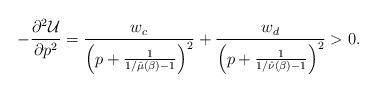
LaTeX: \begin{align*}-\frac{\partial^2 \mathcal U}{\partial p^2}=\frac{w_c}{\left(p+\frac{1}{1/\hat{\mu}(\beta)-1}\right)^2}+\frac{w_d}{\left(p+\frac{1}{1/\hat{\nu}(\beta)-1}\right)^2}>0.\end{align*}